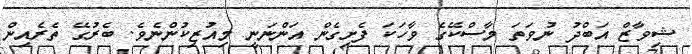
ޝިވާޒް އަބްދު ނުވަތަ މާސްކޭގެ ވާހަކަ ފެށިގެން އަންނަނީ މިއުޒިކުންނެވެ. ބެރުގޭ ތެރެއިން